Sketch of the medical history of the native army of Bombay, for the year
Year: 1875
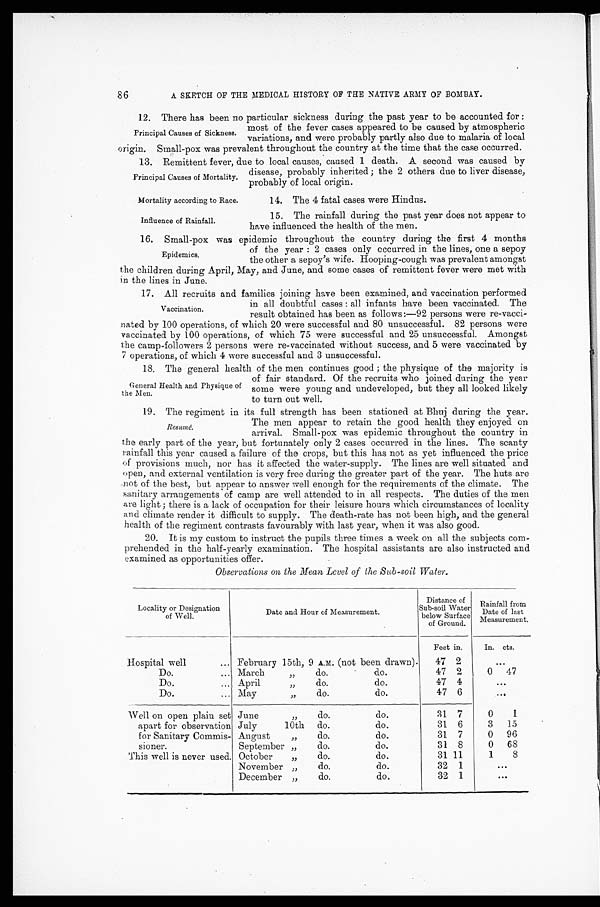
Mortality according to Race.
Influence of Rainfall.
86
A SKETCH OF THE MEDICAL HISTORY OF THE NATIVE ARMY OF BOMBAY.
12. There has been no particular sickness during the past year to be accounted for:
most of the fever cases appeared to be caused by atmospheric
variations, and were probably partly also due to malaria of local
origin. Small-pox was prevalent throughout the country at the time that the case occurred.
13. Remittent fever, due to local causes, caused 1 death. A second was caused by
disease, probably inherited; the 2 others due to liver disease,
probably of local origin.
Principal Causes of Sickness.
Principal Causes of Mortality.
14. The 4 fatal cases were Hindus.
15. The rainfall during the past year does not appear to
have influenced the health of the men.
16. Small-pox was epidemic throughout the country during the first 4 months
of the year: 2 cases only occurred in the lines, one a sepoy
the other a sepoy's wife. Hooping-cough was prevalent amongst
the children during April, May, and June, and some cases of remittent fever were met with
in the lines in June.
17. All recruits and families joining have been examined, and vaccination performed
in all doubtful cases: all infants have been vaccinated. The
result obtained has been as follows:—92 persons were re-vacci
-nated by 100 operations, of which 20 were successful and 80 unsuccessful. 82 persons were
vaccinated by 100 operations, of which 75 were successful and 25 unsuccessful. Amongst
the camp-followers 2 persons were re-vaccinated without success, and 5 were vaccinated by
7 operations, of which 4 were successful and 3 unsuccessful.
18. The general health of the men continues good; the physique of the majority is
of fair standard. Of the recruits who joined during the year
some were young and undeveloped, but they all looked likely
to turn out well
.
19. The regiment in its full strength has been stationed at Bhuj during the year.
The men appear to retain the good health they enjoyed on
arrival. Small-pox was epidemic throughout the country in
the early part of the year, but fortunately only 2 cases occurred in the lines. The scanty
rainfall this year caused a failure of the crops, but this has not as yet influenced the price
of provisions much, nor has it affected the water-supply. The lines are well situated and
open, and external ventilation is very free during the greater part of the year. The huts are
not of the best, but appear to answer well enough for the requirements of the climate. The
sanitary arrangements of camp are well attended to in all respects. The duties of the men
are light; there is a lack of occupation for their leisure hours which circumstances of locality
and climate render it difficult to supply. The death-rate has not been high, and the general
health of the regiment contrasts favourably with last year, when it was also good.
20. It is my custom to instruct the pupils three times a week on all the subjects com
-prehended in the half-yearly examination. The hospital assistants are also instructed and
examined as opportunities offer.
Observations on the Mean Level of the Sub-soil Water.
Locality or Designation
of Well.
Date and Hour of Measurement.
Sub-soil
Distance of
Water
below Surface
of Ground.
Rainfall from
Date of last
Measurement,
Feet in.
In. cts.
Hospital well
February 15th, 9 A. M. (not been drawn).
47 2
. . .
Do.
March " do. do.
47 2
0 47
Do.
April " do. do.
47 4
. . .
Do.
May " do. do.
47 6
. . .
Well on open plain set
apart for observation
for Sanitary Commis
-sioner.
June " do. do.
31 7
0
1
July 10th do. do.
31 6
3
15
August " do. do.
31 7
0 96
September " do. do.
31 8
0 68
This well is never used. October " do. do.
31 11
1
8
November " do. do.
32 1
. . .
December " do. do.
32 1
. . .
Epidemics.
Vaccination.
General Health and Physique of
the Men.
Resumé.